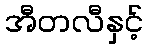
အီတလီနှင့်